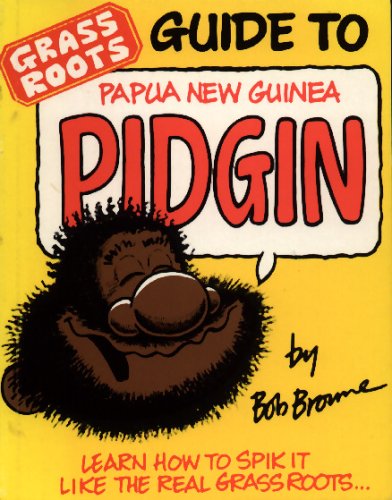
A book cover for Grass Roots Guide to Papua New Guinea Pidgin; Bob Browne; Travel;